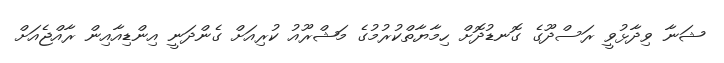
ޝަނާ ވިދާޅުވީ ރަސްދޫގެ ގޮނޑުދޮށް ހިމާޔާތްކުރުމުގެ މަޝްރޫއު ކުރިއަށް ގެންދަނީ އިންޑިއާއިން ރާއްޖެއަށް